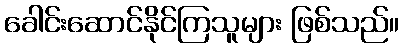
ခေါင်းဆောင်နိုင်ကြသူများ ဖြစ်သည်။